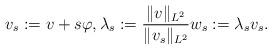
LaTeX: \begin{align*}v_s:= v + s \varphi, \lambda_s:= \frac{\|v\|_{L^2}}{\|v_s\|_{L^2}} w_s:= \lambda_s v_s. \end{align*}